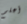
أعلم